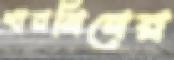
শারমিনের